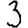
Digit: 3